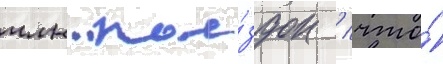
млн пое́здок / что́